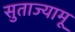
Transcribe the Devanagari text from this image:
सुताज्यामू